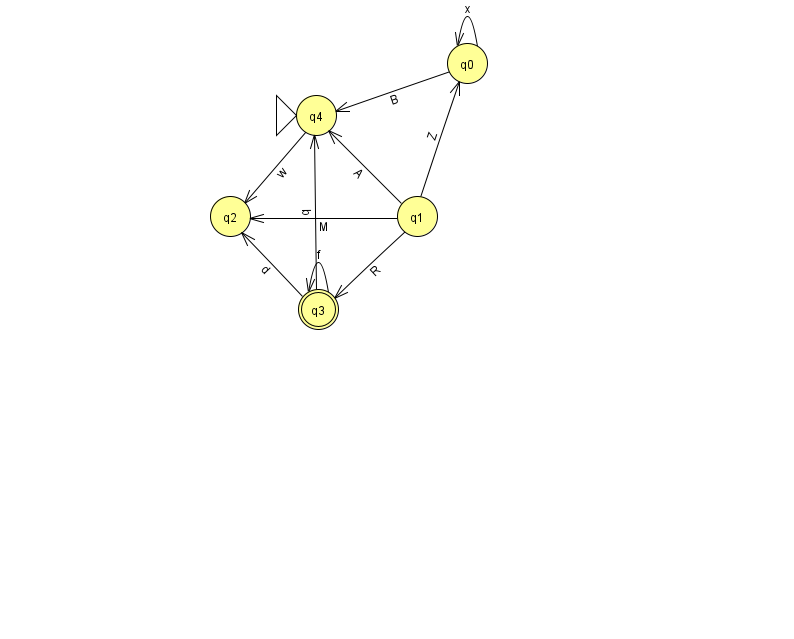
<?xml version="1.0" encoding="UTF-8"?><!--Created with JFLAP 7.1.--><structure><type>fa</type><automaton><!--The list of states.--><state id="0" name="q0"><x>467.0</x><y>50.0</y></state><state id="1" name="q1"><x>417.0</x><y>203.0</y></state><state id="2" name="q2"><x>230.0</x><y>203.0</y></state><state id="3" name="q3"><x>318.0</x><y>296.0</y><final/></state><state id="4" name="q4"><x>316.0</x><y>102.0</y><initial/></state><!--The list of transitions.--><transition><from>1</from><to>3</to><read>R</read></transition><transition><from>3</from><to>4</to><read>b</read></transition><transition><from>0</from><to>4</to><read>B</read></transition><transition><from>1</from><to>4</to><read>A</read></transition><transition><from>1</from><to>2</to><read>M</read></transition><transition><from>3</from><to>3</to><read>f</read></transition><transition><from>0</from><to>0</to><read>x</read></transition><transition><from>4</from><to>2</to><read>w</read></transition><transition><from>1</from><to>0</to><read>Z</read></transition><transition><from>3</from><to>2</to><read>d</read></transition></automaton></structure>